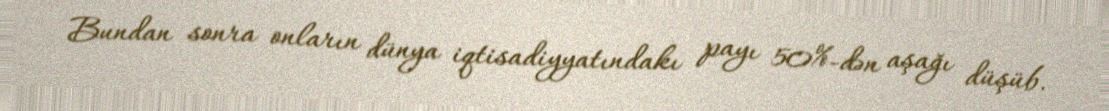
Bundan sonra onların dünya iqtisadiyyatındakı payı 50%-dən aşağı düşüb.